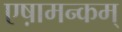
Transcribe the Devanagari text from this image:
एष़ामन्कम्